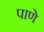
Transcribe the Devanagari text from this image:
पाणे